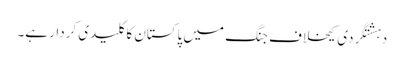
دہشتگردی کیخلاف جنگ میں پاکستان کا کلیدی کردار ہے۔